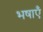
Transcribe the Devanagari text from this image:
भषाएँ